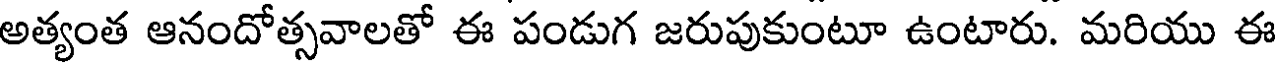
అత్యంత ఆనందోత్సవాలతో ఈ పండుగ జరుపుకుంటూ ఉంటారు. మరియు ఈ